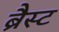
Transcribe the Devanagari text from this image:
ब्रैस्ट